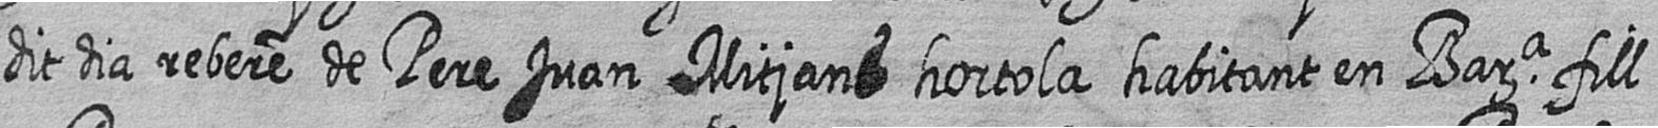
dit dia rebere de Pere Juan Mitjans hortola habitant en Bara fill